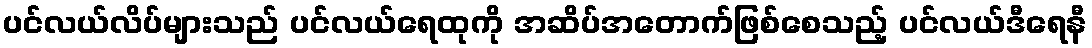
ပင်လယ်လိပ်များသည် ပင်လယ်ရေထုကို အဆိပ်အတောက်ဖြစ်စေသည့် ပင်လယ်ဒီရေနီ